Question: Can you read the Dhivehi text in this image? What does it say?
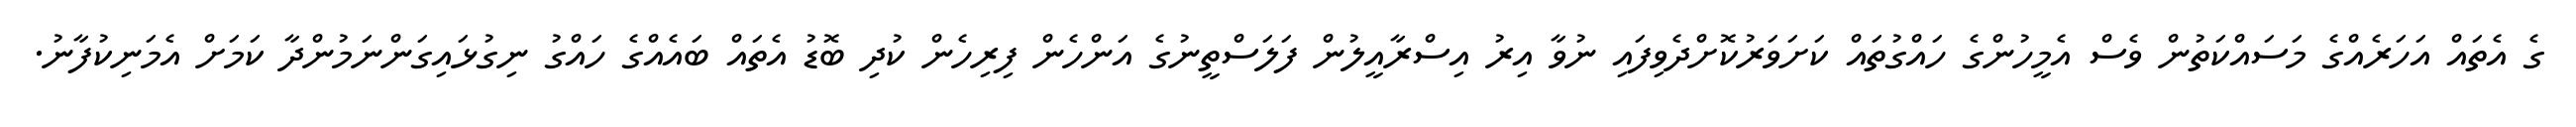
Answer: ގެ އެތައް އަހަރެއްގެ މަސައްކަތުން ވެސް އެމީހުންގެ ހައްގުތައް ކަށަވަރުކޮށްދެވިފައި ނުވާ އިރު އިސްރާއީލުން ފަލަސްތީނުގެ އަންހެން ފިރިހެން ކުދި ބޮޑު އެތައް ބައެއްގެ ހައްގު ނިގުޅައިގަންނަމުންދާ ކަމަށް އެމަނިކުފާނު.